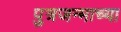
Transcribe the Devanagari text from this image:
पुत्रजन्माच्या